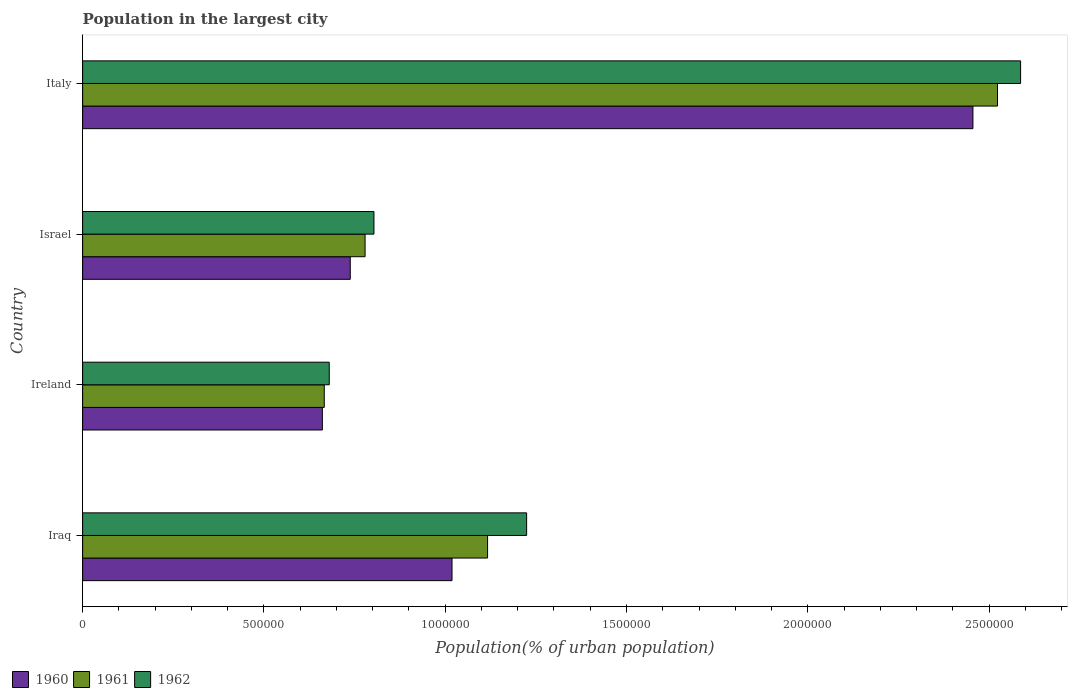
| Country | 1960 | 1961 | 1962 |
 | --- | --- | --- | --- |
 | Iraq | 1.02e+06 | 1.12e+06 | 1.22e+06 |
 | Ireland | 6.61e+05 | 6.66e+05 | 6.8e+05 |
 | Israel | 7.38e+05 | 7.79e+05 | 8.04e+05 |
 | Italy | 2.46e+06 | 2.52e+06 | 2.59e+06 |